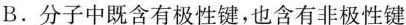
B.分子中既含有极性键，也含有非极性键